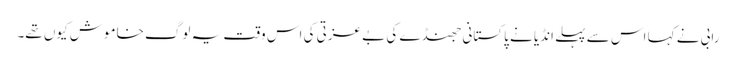
رابی نے کہا اس سے پہلے انڈیا نے پاکستانی جھنڈے کی بے عزتی کی اس وقت یہ لوگ خاموش کیوں تھے۔